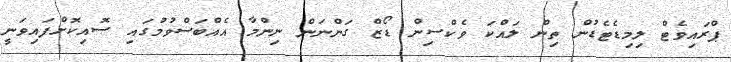
ޕްރައިވެޓް ލިމިޑެޓެޑުން ތިން ލައްކަ ވެކްސިން ޑޯޒް ގަންނަން ނިންމާ އެއްބަސްވުމުގައި ސޮއިކޮށްފައިވަނީ